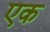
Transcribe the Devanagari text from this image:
एक